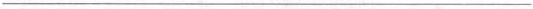
___